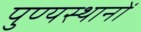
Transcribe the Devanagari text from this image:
पुण्यस्थानों